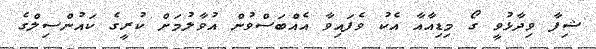
ޝިފާ ވިދާޅުވީ ގޯ މިޑިއާއާ އެކު ވެފައިވާ އެއްބަސްވުން އުވާލުމަށް ކުރީގެ ކައުންސިލްގެ